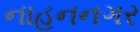
નાહનનગર